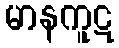
မာနကူဋ